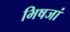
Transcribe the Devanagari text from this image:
भिषजां